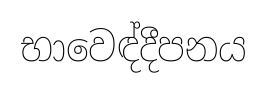
භාවෙඳ්දීපනය